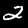
Label: 2